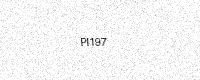
Text: PI197